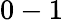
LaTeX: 0-1